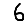
Digit: 6